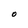
Character: O